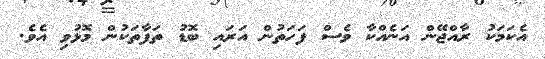
އެކަމަކު ރާއްޖޭން އަނެއްކާ ވެސް ފަހަތުން އަރައި ބޮޑު ތަފާތަކުން މޮޅުވި އެވެ.